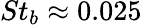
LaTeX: St_{b}\approx 0.025